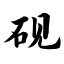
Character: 砚